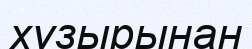
хұзырынан